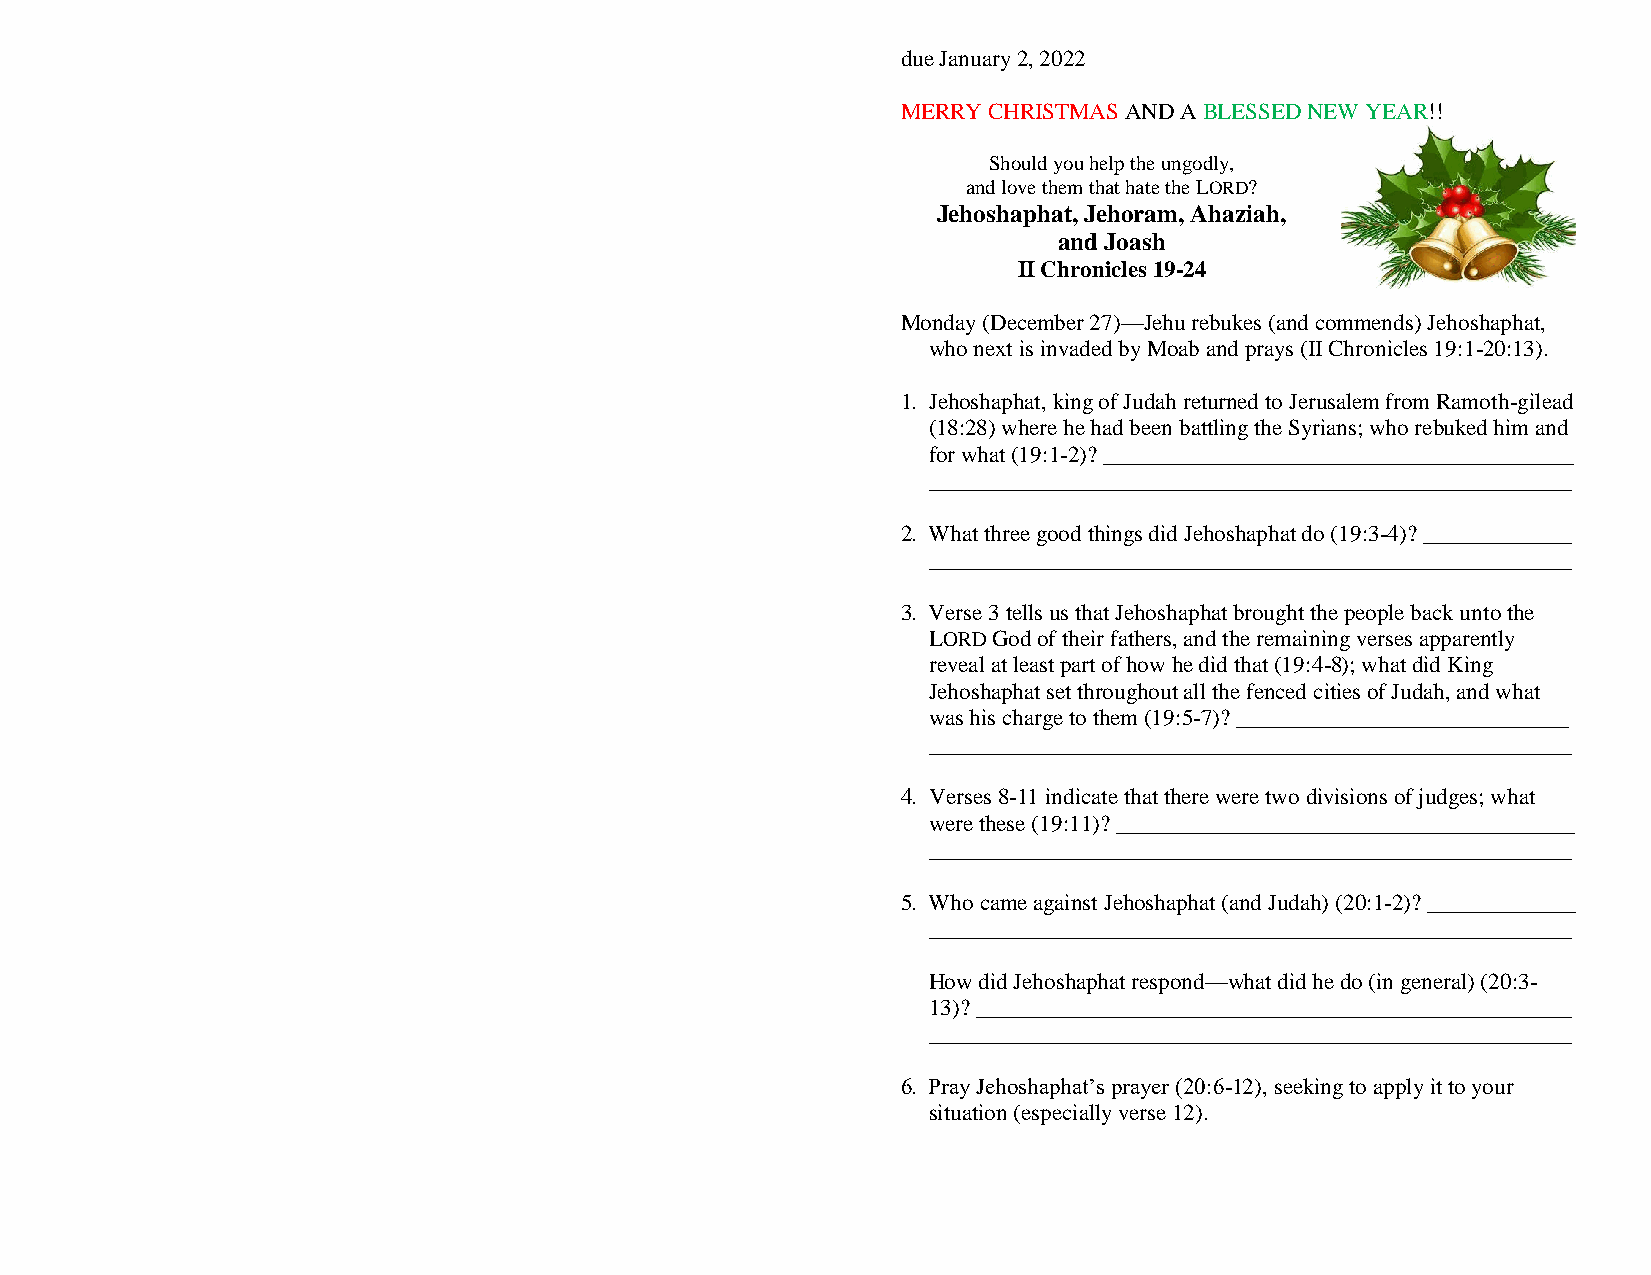
due January 2, 2022
 MERRY CHRISTMAS AND A BLESSED NEW YEAR!!
 Should you help the ungodly,
 and love them that hate the LORD?
 Jehoshaphat, Jehoram, Ahaziah,
 and Joash
 II Chronicles 19-24
 Monday (December 27)—Jehu rebukes (and commends) Jehoshaphat,
 who next is invaded by Moab and prays (II Chronicles 19:1-20:13).
 1. Jehoshaphat, king of Judah returned to Jerusalem from Ramoth-gilead
 (18:28) where he had been battling the Syrians; who rebuked him and
 for what (19:1-2)? _________________________________________
 ________________________________________________________
 2. What three good things did Jehoshaphat do (19:3-4)? _____________
 ________________________________________________________
 3. Verse 3 tells us that Jehoshaphat brought the people back unto the
 LORD God of their fathers, and the remaining verses apparently
 reveal at least part of how he did that (19:4-8); what did King
 Jehoshaphat set throughout all the fenced cities of Judah, and what
 was his charge to them (19:5-7)? _____________________________
 ________________________________________________________
 4. Verses 8-11 indicate that there were two divisions of judges; what
 were these (19:11)? ________________________________________
 ________________________________________________________
 5. Who came against Jehoshaphat (and Judah) (20:1-2)? _____________
 ________________________________________________________
 How did Jehoshaphat respond—what did he do (in general) (20:3-
 13)? ____________________________________________________
 ________________________________________________________
 6. Pray Jehoshaphat’s prayer (20:6-12), seeking to apply it to your
 situation (especially verse 12).